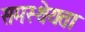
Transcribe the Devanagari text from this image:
समस्थेयता